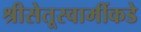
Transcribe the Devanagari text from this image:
श्रीसेतूस्वामींकडे